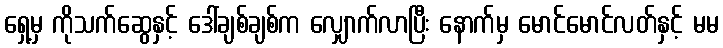
ရှေ့မှ ကိုသက်ဆွေနှင့် ဒေါ်ချစ်ချစ်က လျှောက်လာပြီး နောက်မှ မောင်မောင်လတ်နှင့် မမ